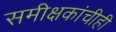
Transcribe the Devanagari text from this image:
समीक्षकांचीही